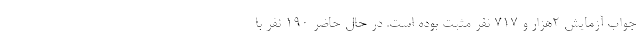
جواب آزمایش ۲هزار و ۷۱۷ نفر مثبت بوده است. در حال حاضر ۱۹۰ نفر با